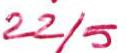
22/5